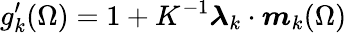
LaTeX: g_{k}^{\prime}(\Omega)=1+K^{-1}\boldsymbol{\lambda}_{k}\cdot\boldsymbol{m}_{k}(\Omega)